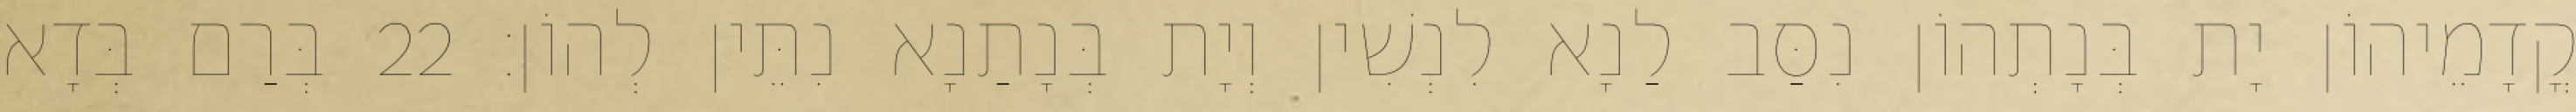
קֳדָמֵיהוֹן יָת בְּנָתְהוֹן נִסַּב לַנָא לִנְשִׁין וְיָת בְּנָתַנָא נִתֵּין לְהוֹן׃ 22 בְּרַם בְּדָא